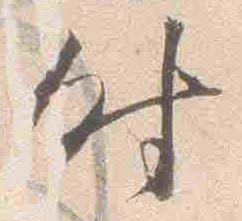
時